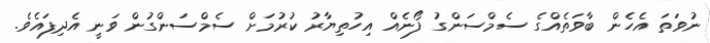
ނުވަތަ އެހެން ބާވަތެއްގެ ސެމްސަންގު ފޯނެއް އިހުތިޔާރު ކުރުމަށް ސެމްސަންގުން ވަނީ އެދިފައެވެ.